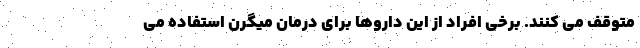
متوقف می کنند. برخی افراد از این داروها برای درمان میگرن استفاده می